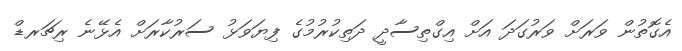
އެގޮތުން ވަރަށް ވަރުގަދަ އަށް އިގްތިސާދީ ދަތިކުރުމުގެ ފިޔަވަޅު ސަރުކާރަށް އެޅޭނެ ރިޗަރޑް